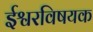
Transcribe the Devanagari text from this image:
ईश्वरविषयक